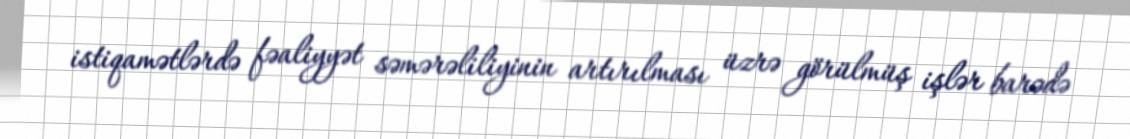
istiqamətlərdə fəaliyyət səmərəliliyinin artırılması üzrə görülmüş işlər barədə